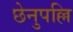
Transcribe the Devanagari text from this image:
छेनुपल्लि